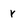
Character: r